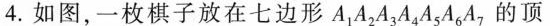
4.如图，一枚棋子放在七边形A_{1}A_{2}A_{3}A_{4}A_{5}A_{6}A_{7}的顶